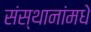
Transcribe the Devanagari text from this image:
संस्थानांमधे